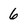
Character: 6